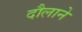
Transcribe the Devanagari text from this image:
दौलाने